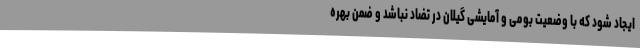
ایجاد شود که با وضعیت بومی و آمایشی گیلان در تضاد نباشد و ضمن بهره